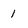
Character: 1